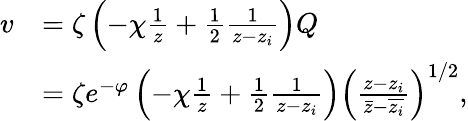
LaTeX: \begin{array}{rl}{v}&{=\zeta\left(-\chi\frac{1}{z}+\frac{1}{2}\frac{1}{z-z_{i}}\right)Q}\\ &{=\zeta e^{-\varphi}\left(-\chi\frac{1}{z}+\frac{1}{2}\frac{1}{z-z_{i}}\right)\left(\frac{z-z_{i}}{\bar{z}-\overline{{z_{i}}}}\right)^{1/2},}\end{array}